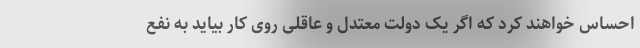
احساس خواهند کرد که اگر یک دولت معتدل و عاقلی روی کار بیاید به نفع